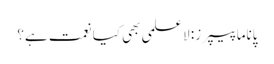
پاناما پیپرز: لا علمی بھی کیا نعمت ہے؟